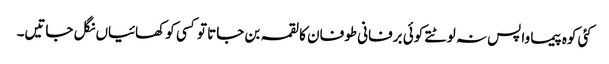
کئی کوہ پیما واپس نہ لوٹتے کوئی برفانی طوفان کا لقمہ بن جاتا تو کسی کو کھائیاں نگل جاتیں۔